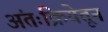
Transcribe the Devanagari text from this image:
अंतःक्रियेतून